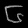
Digit: ၆